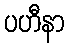
ပဟီနာ